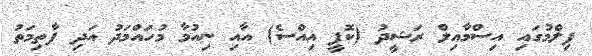
ފިލްމުގައި އިސްމާއިލް ރަޝީދު (ކޮޕީ އިއްސެ) އާއި ނިއުމާ މުހައްމަދު އަދި ފާތިމަތު